system: You are a helpful assistant.
user:
Analyze the provided spectrum to determine if it is a **Carbon Star (C-type)**.

- **Key Visual Indicators of Carbon Star:**
    - **(Primary):** Strong molecular absorption from **C₂ (diatomic carbon) "Swan Bands."** This is the **defining feature** of a carbon star.
        - **(Key Bandheads):** Sharp absorption edges are visible at approximately $5635$ Å, $5165$ Å (the strongest band), and $4737$ Å.
        - **(Line Profile):** Creates a distinct **"saw-tooth"** pattern. The key morphology is a sharp, steep bandhead on the **red (long-wavelength) side**, which then gradually tapers off (i.e., flux recovers) towards the **blue (short-wavelength) side**. *(This is the direct opposite of the TiO bands seen in M-type stars)*.

    - **(Secondary):** Intense **CN (cyanogen)** molecular absorption bands.
        - **(Key Bandheads):** Located in the blue and violet regions of the spectrum (e.g., near $4215$ Å and $3883$ Å).
        - **(Morphology):** These bands are extremely broad and act as a "blanket," absorbing the vast majority of blue and violet light. This creates a characteristic **"cliff"** or **"steep drop-off"** in the spectrum's flux at short wavelengths.

    - **(Key Confirmation):** Strong **CH absorption band (G-band)**.
        - **(Key Bandhead):** Located around $4300$ Å. The contribution from CH molecules to this band is exceptionally strong.

    - **(Overall Spectrum):**
        - The continuum is severely "chopped up" by these deep molecular bands, especially C₂, rather than appearing as a smooth curve.
        - Due to the heavy CN and C₂ absorption in the blue-green, the vast majority of the star's flux is concentrated in the red part of the spectrum, giving the star its characteristic deep red color.

Think first, call **spectral_visualization_tool** if needed to examine features in detail, then provide your final answer. Your response must adhere to the following strict rules:
1.  **Overall Structure:** Your response must follow the format `<think>...</think> <tool_call>...</tool_call> (if a tool is used) <answer>...</answer>`.
2.  **Tool Usage Constraint:** You may only make **one** tool call per turn.
3.  **Final Answer Format:** In the `<answer>` tag, your conclusion must be inside a `\boxed{}` command (e.g., `\boxed{YES}`), followed by your justification.

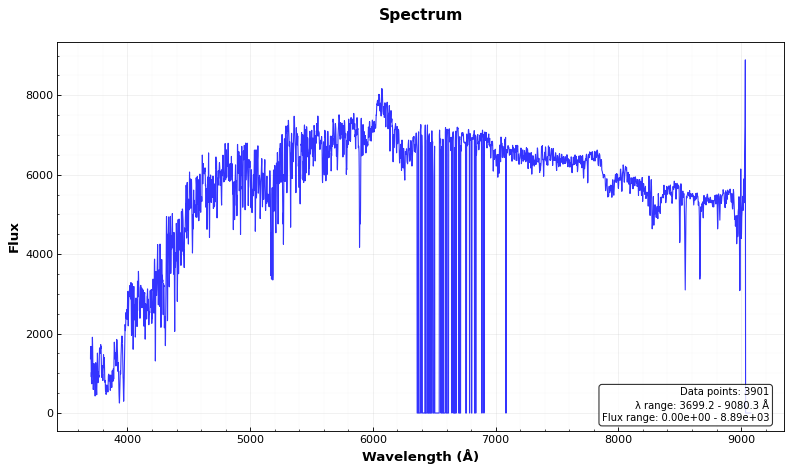
Answer: NO